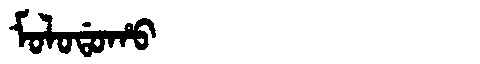
Manchu: ᠮᠣᠯᠣᡩᠣᡥᠣ
Romanization: MOLODOHO